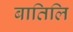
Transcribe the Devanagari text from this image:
बातिलि